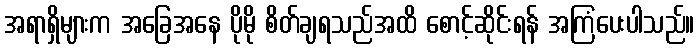
အရာရှိများက အခြေအနေ ပိုမို စိတ်ချရသည်အထိ စောင့်ဆိုင်းရန် အကြံပေးပါသည်။